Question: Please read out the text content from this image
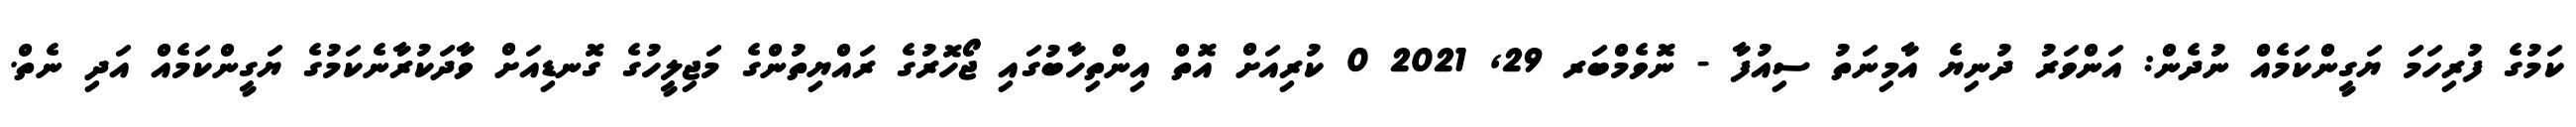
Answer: ކަމުގެ ފުރިހަމަ ޔަގީންކަމެއް ނުދެން: އަންވަރު ދުނިޔެ އާމިނަތު ސިއުފާ - ނޮވެމްބަރ 29, 2021 0 ކުރިއަށް އޮތް އިންތިހާބުގައި ޖޯހޮރުގެ ރައްޔިތުންގެ މަޖިލީހުގެ ގޮނޑިއަށް ވާދަކުރާނެކަމުގެ ޔަގީންކަމެއް އަދި ނެތް.